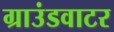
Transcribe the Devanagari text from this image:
ग्राउंडवाटर